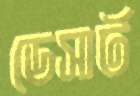
ডেসার্ট